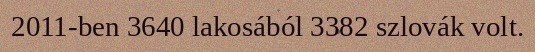
2011-ben 3640 lakosából 3382 szlovák volt.